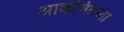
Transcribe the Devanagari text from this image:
आकर्षितला